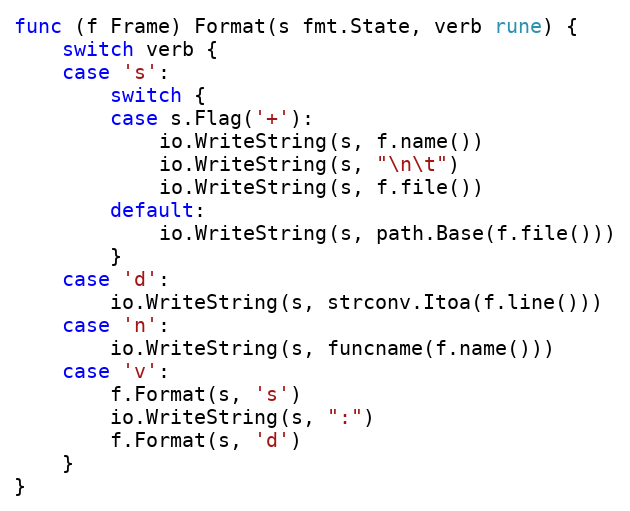
Language: Go
func (f Frame) Format(s fmt.State, verb rune) {
	switch verb {
	case 's':
		switch {
		case s.Flag('+'):
			io.WriteString(s, f.name())
			io.WriteString(s, "\n\t")
			io.WriteString(s, f.file())
		default:
			io.WriteString(s, path.Base(f.file()))
		}
	case 'd':
		io.WriteString(s, strconv.Itoa(f.line()))
	case 'n':
		io.WriteString(s, funcname(f.name()))
	case 'v':
		f.Format(s, 's')
		io.WriteString(s, ":")
		f.Format(s, 'd')
	}
}